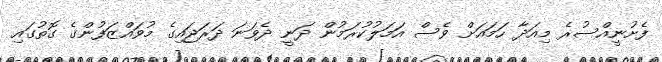
ފެށުނީއްސުރެ މިއަދާ ހަމައަށް ވެސް އަމަލުކުރަމުން ދަނީ ދެވަނަ ދަރަޖައިގެ މުވައްޒަފުންގެ ގޮތުގައި